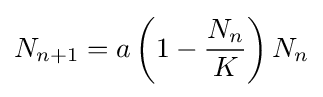
{\displaystyle N_{n+1}=a\left(1-{\frac {N_{n}}{K}}\right)N_{n}}